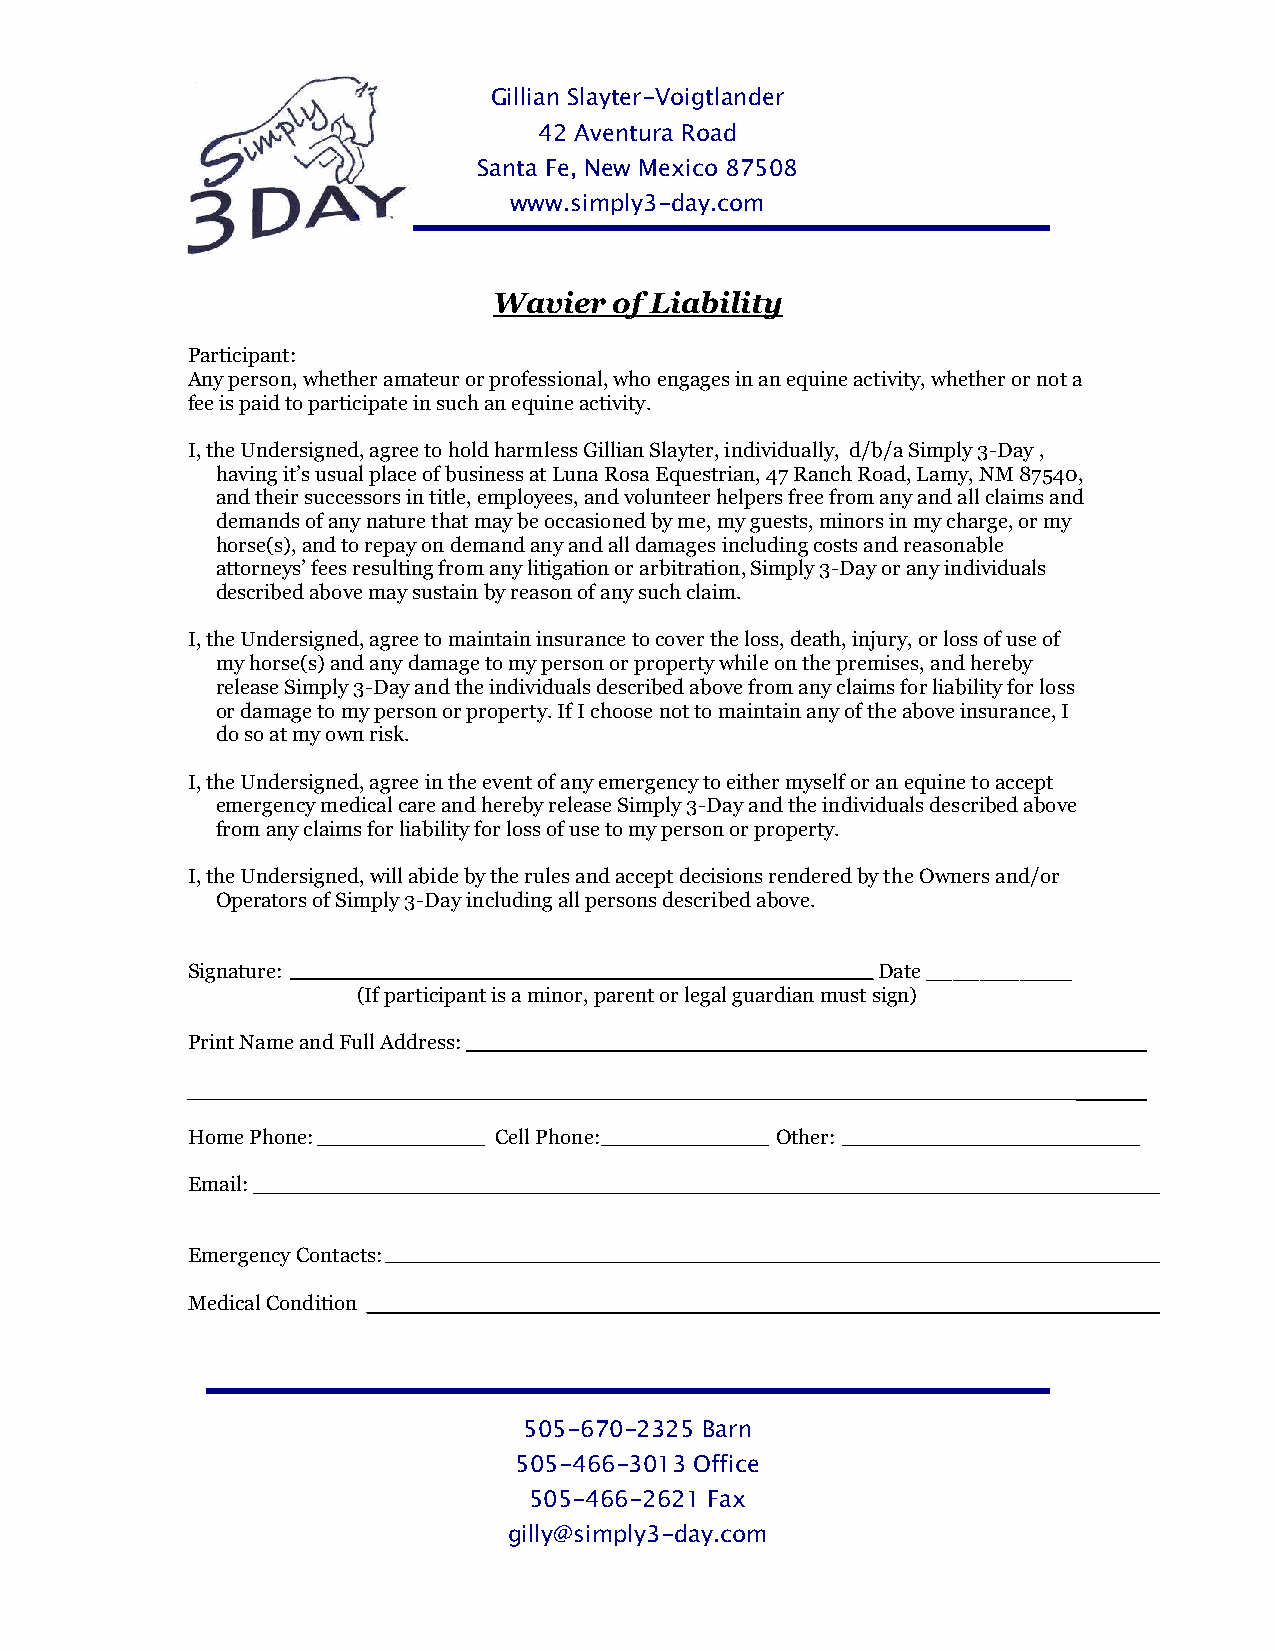
Gillian Slayter-Voigtlander
 42 Aventura Road
 Santa Fe, New Mexico 87508
 www.simply3-day.com
 Wavier  of Liability
 Participant:
 Any person, whether amateur or professional, who engages in an equine activity, whether or not a
 fee is paid to participate in such an equine activity.
 I, the Undersigned, agree to hold harmless Gillian Slayter, individually, d/b/a Simply 3-Day ,
 having it’s usual place of business at Luna Rosa Equestrian, 47 Ranch Road, Lamy, NM 87540,
 and their successors in title, employees, and volunteer helpers free from any and all claims and
 demands of any nature that may be occasioned by me, my guests, minors in my charge, or my
 horse(s), and to repay on demand any and all damages including costs and reasonable
 attorneys’ fees resulting from any litigation or arbitration, Simply 3-Day or any individuals
 described above may sustain by reason of any such claim.
 I, the Undersigned, agree to maintain insurance to cover the loss, death, injury, or loss of use of
 my horse(s) and any damage to my person or property while on the premises, and hereby
 release Simply 3-Day and the individuals described above from any claims for liability for loss
 or damage to my person or property. If I choose not to maintain any of the above insurance, I
 do so at my own risk.
 I, the Undersigned, agree in the event of any emergency to either myself or an equine to accept
 emergency medical care and hereby release Simply 3-Day and the individuals described above
 from any claims for liability for loss of use to my person or property.
 I, the Undersigned, will abide by the rules and accept decisions rendered by the Owners and/or
 Operators of Simply 3-Day including all persons described above.
 Signature:                                    Date ___________
 (If participant is a minor, parent or legal guardian must sign)
 Print Name and Full Address:
 Home Phone:          Cell Phone:       Other:
 Email:
 Emergency Contacts:
 Medical Condition
 505-670-2325 Barn
 505-466-3013 Office
 505-466-2621 Fax
 gilly@simply3-day.com